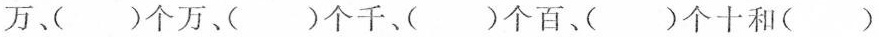
万、( )个万、( )个千、( )个百、(